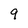
Character: 9